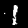
Label: 1